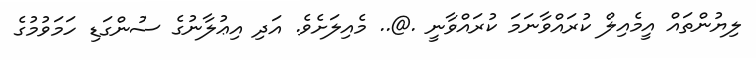
ލިޔުންތައް އީމެއިލް ކުރައްވާނަމަ ކުރައްވާނީ .@.. މެއިލަށެވެ. އަދި އިޢުލާނުގެ ސުންގަޑި ހަމަވުމުގެ